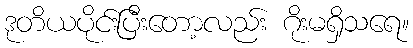
ဒုတိယပိုင်းပြီးတော့လည်း ဂိုးမရှိသရေ။